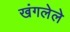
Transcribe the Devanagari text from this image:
खंगलेले